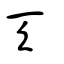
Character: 天